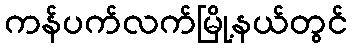
ကန်ပက်လက်မြို့နယ်တွင်